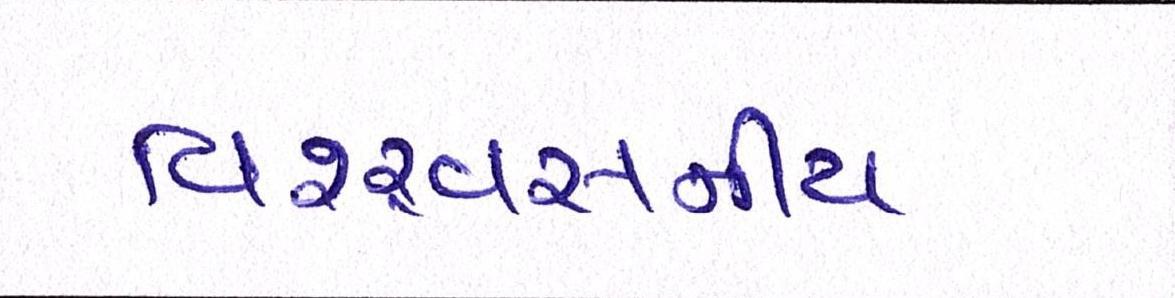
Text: વિશ્ર્વસનીય